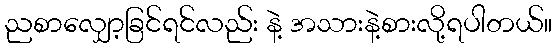
ညစာလျှော့ခြင်ရင်လည်း နဲ့ အသားနဲ့စားလို့ရပါတယ်။